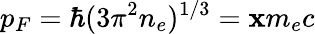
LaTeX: p_{F}=\hbar(3\pi^{2}n_{e})^{1/3}=\mathbf{x}m_{e}c